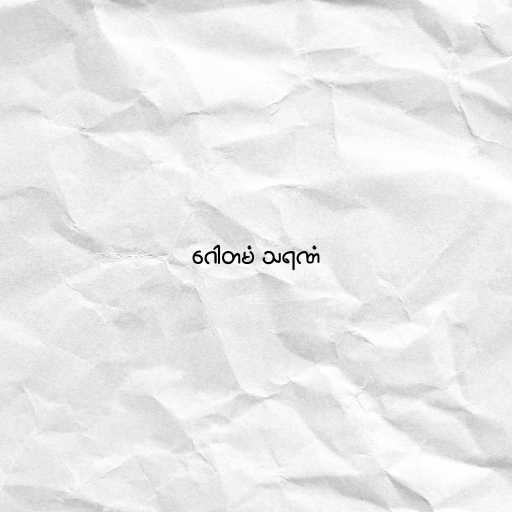
ဂေါတမံ သရဏံ